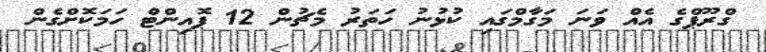
ގްރޫޕްގެ އެއް ވަނަ މަގާމްގައި ކުޅުނު ހަތަރު މެޗުން 12 ޕޮއިންޓް ހަމަކޮށްގެން